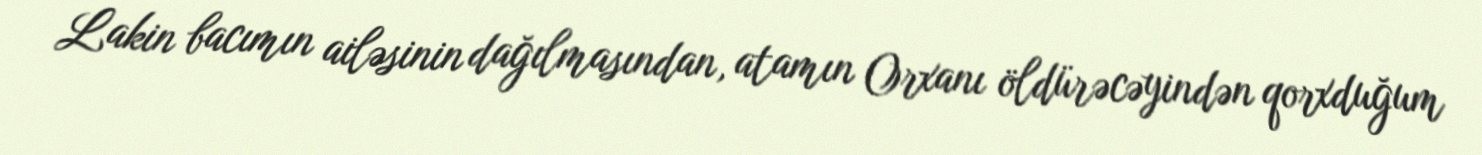
Lakin bacımın ailəsinin dağılmasından, atamın Orxanı öldürəcəyindən qorxduğum